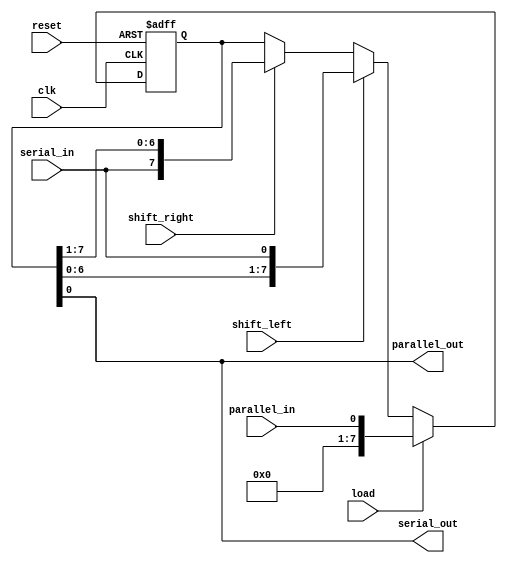
module universal_shift_register (
    input wire clk,
    input wire reset,
    input wire shift_left,
    input wire shift_right,
    input wire load,
    input wire serial_in,
    input wire parallel_in,
    output reg serial_out,
    output reg parallel_out
);

reg [7:0] shift_reg;

always @(posedge clk or posedge reset) begin
    if (reset)
        shift_reg <= 8'b0;
    else begin
        if (load)
            shift_reg <= parallel_in;
        else begin
            if (shift_left)
                shift_reg <= {shift_reg[6:0], serial_in};
            else if (shift_right)
                shift_reg <= {serial_in, shift_reg[7:1]};
        end
    end
end

assign serial_out = shift_reg[0];
assign parallel_out = shift_reg;

endmodule